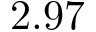
2 . 9 7